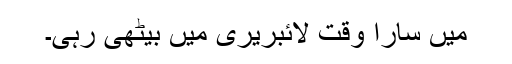
میں سارا وقت لائبریری میں بیٹھی رہی۔